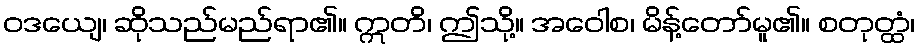
ဝဒယျေ၊ ဆိုသည်မည်ရာ၏။ ဣတိ၊ ဤသို့။ အဝေါစ၊ မိန့်တော်မူ၏။ စတုတ္ထံ၊